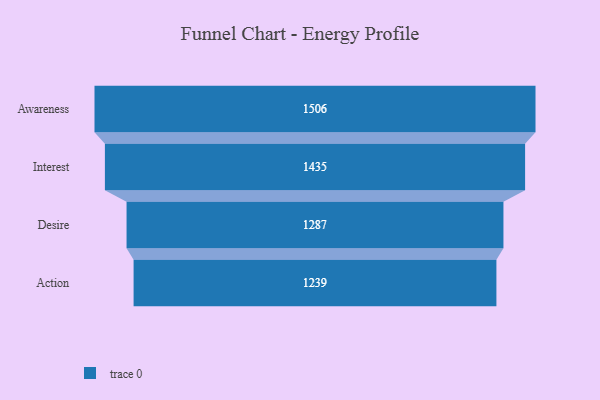
{"axis": {"x": "Stage", "y": "Value"}, "legend": [""], "data": [{"x": "Awareness", "y": 1506.0, "type": ""}, {"x": "Interest", "y": 1435.0, "type": ""}, {"x": "Desire", "y": 1287.0, "type": ""}, {"x": "Action", "y": 1239.0, "type": ""}]}